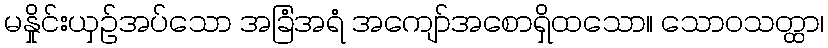
မနှိုင်းယှဉ်အပ်သော အခြံအရံ အကျော်အစောရှိထသော။ သောဝသတ္ထာ၊